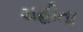
ચહીતા